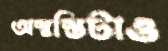
অস্বস্তিটাও